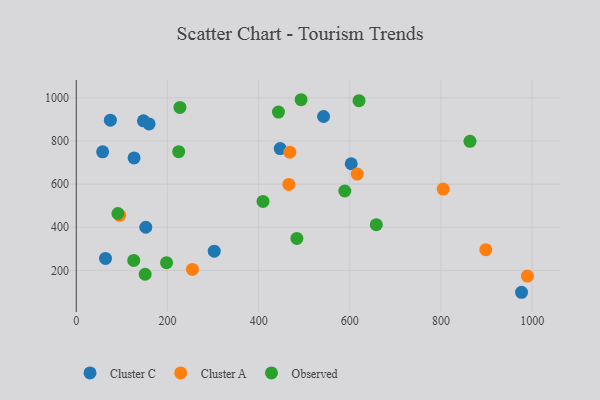
{"axis": {"x": "Experience", "y": "Profit"}, "legend": ["Cluster A", "Cluster C", "Observed"], "data": [{"x": "447.3", "y": 764.7, "type": "Cluster C"}, {"x": "603.1", "y": 694.4, "type": "Cluster C"}, {"x": "57.8", "y": 749.7, "type": "Cluster C"}, {"x": "159.7", "y": 879.1, "type": "Cluster C"}, {"x": "126.8", "y": 721.6, "type": "Cluster C"}, {"x": "302.6", "y": 289.4, "type": "Cluster C"}, {"x": "147.4", "y": 893.2, "type": "Cluster C"}, {"x": "74.8", "y": 896.2, "type": "Cluster C"}, {"x": "152.5", "y": 400.1, "type": "Cluster C"}, {"x": "64.1", "y": 255.7, "type": "Cluster C"}, {"x": "976.7", "y": 98.8, "type": "Cluster C"}, {"x": "542.4", "y": 913.4, "type": "Cluster C"}, {"x": "989.5", "y": 173.8, "type": "Cluster A"}, {"x": "95.2", "y": 455.2, "type": "Cluster A"}, {"x": "898.3", "y": 296.3, "type": "Cluster A"}, {"x": "616.3", "y": 646.7, "type": "Cluster A"}, {"x": "468.4", "y": 748.1, "type": "Cluster A"}, {"x": "804.8", "y": 577.1, "type": "Cluster A"}, {"x": "254.9", "y": 204.7, "type": "Cluster A"}, {"x": "466.3", "y": 598.5, "type": "Cluster A"}, {"x": "493.2", "y": 991.1, "type": "Observed"}, {"x": "863.6", "y": 798.3, "type": "Observed"}, {"x": "224.7", "y": 750.2, "type": "Observed"}, {"x": "620.2", "y": 986.6, "type": "Observed"}, {"x": "409.6", "y": 519.8, "type": "Observed"}, {"x": "227.4", "y": 955.3, "type": "Observed"}, {"x": "658.1", "y": 411.9, "type": "Observed"}, {"x": "198.0", "y": 235.8, "type": "Observed"}, {"x": "151.1", "y": 182.3, "type": "Observed"}, {"x": "589.0", "y": 568.2, "type": "Observed"}, {"x": "443.5", "y": 933.8, "type": "Observed"}, {"x": "126.0", "y": 246.5, "type": "Observed"}, {"x": "91.3", "y": 463.8, "type": "Observed"}, {"x": "483.9", "y": 348.4, "type": "Observed"}]}